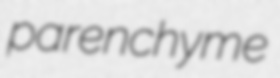
parenchyme